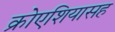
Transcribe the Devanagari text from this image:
क्रोएशियासह